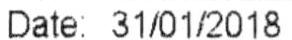
DATE: 31/01/2018